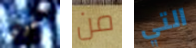
لحوالي من التي